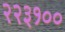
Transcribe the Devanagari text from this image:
२२३१००